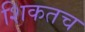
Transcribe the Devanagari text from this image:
शिकतच